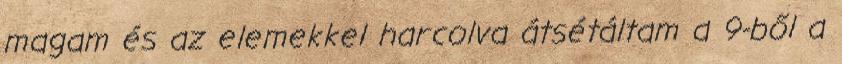
magam és az elemekkel harcolva átsétáltam a 9-ből a